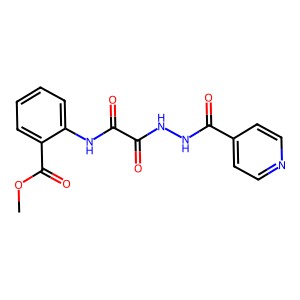
SMILES: COC(=O)c1ccccc1NC(=O)C(=O)NNC(=O)c1ccncc1
Inhibits HIV replication: No